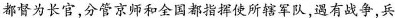
都督为长官，分管京师和全国都指挥使所辖军队，遇有战争，兵